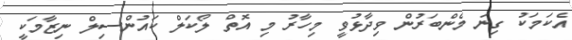
އެކަމަކު ގިނަ މެންބަރުން ވިދާޅުވީ މިހާރު މި އޮތް ލޯކަލް ކައުންސިލް ނިޒާމަކީ